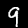
Label: 9